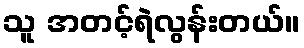
သူ အတင့်ရဲလွန်းတယ်။